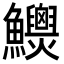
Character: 𩽯